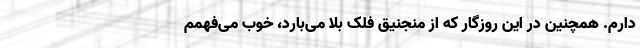
دارم. همچنین در این روزگار که از منجنیق فلک بلا می‌بارد، خوب می‌فهمم